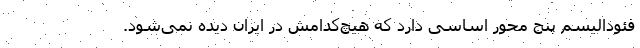
فئودالیسم پنج محور اساسی دارد که هیچ‌کدامش در ایران دیده نمی‌شود.